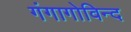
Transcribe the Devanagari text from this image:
गंगागोविन्द